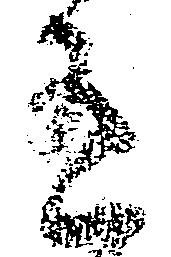
有